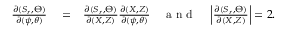
\begin{array} { r l r } { \frac { \partial ( S _ { r } , \Theta ) } { \partial ( \psi , \theta ) } } & { { } = } & { \frac { \partial ( S _ { r } , \Theta ) } { \partial ( X , Z ) } \frac { \partial ( X , Z ) } { \partial ( \psi , \theta ) } ~ ~ ~ \mathrm { ~ a ~ n ~ d ~ } ~ ~ ~ \left| \frac { \partial ( S _ { r } , \Theta ) } { \partial ( X , Z ) } \right| = 2 . } \end{array}